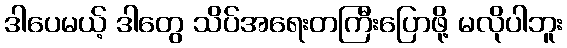
ဒါပေမယ့် ဒါတွေ သိပ်အရေးတကြီးပြောဖို့ မလိုပါဘူး